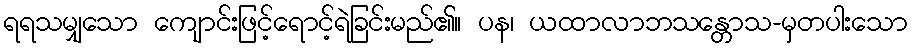
ရရသမျှသော ကျောင်းဖြင့်ရောင့်ရဲခြင်းမည်၏။ ပန၊ ယထာလာဘသန္တောသ-မှတပါးသော